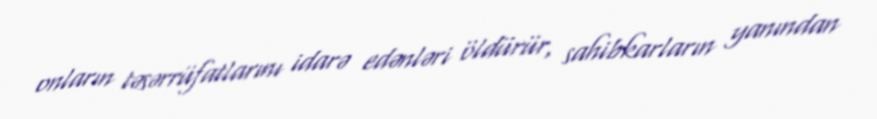
onların təsərrüfatlarını idarə edənləri öldürür, sahibkarların yanından